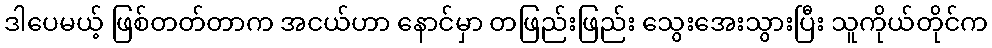
ဒါပေမယ့် ဖြစ်တတ်တာက အငယ်ဟာ နောင်မှာ တဖြည်းဖြည်း သွေးအေးသွားပြီး သူကိုယ်တိုင်က